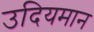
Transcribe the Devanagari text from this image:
उदियमान